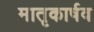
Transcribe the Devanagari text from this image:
मातृकार्षव